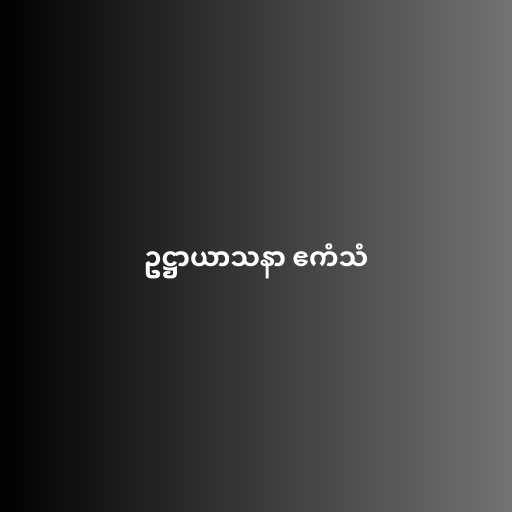
ဥဋ္ဌာယာသနာ ဧကံသံ